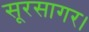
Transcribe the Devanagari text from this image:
सूरसागर।